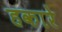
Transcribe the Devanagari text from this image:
हकारे